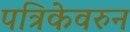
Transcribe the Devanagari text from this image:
पत्रिकेवरुन